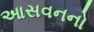
આસવનનો